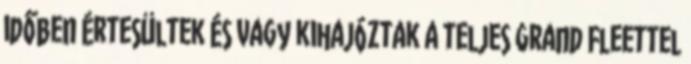
időben értesültek és vagy kihajóztak a teljes Grand Fleettel